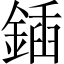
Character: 鍤